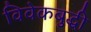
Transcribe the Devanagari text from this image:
विवेकबुद्धी